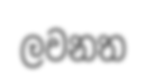
ලවනත